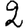
Digit: 2